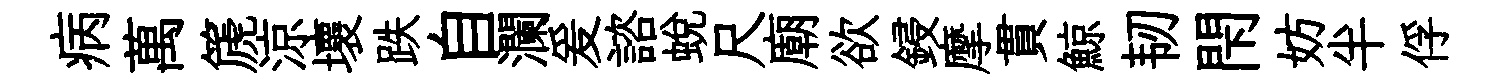
病萬篪涼壞跌自瀾爰諮蜕尺廟欲鋟摩貫鯨韧閇妨半俘